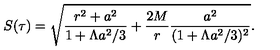
S ( \tau ) = \sqrt { \frac { r ^ { 2 } + a ^ { 2 } } { 1 + \Lambda a ^ { 2 } / 3 } + \frac { 2 M } { r } \frac { a ^ { 2 } } { ( 1 + \Lambda a ^ { 2 } / 3 ) ^ { 2 } } } .